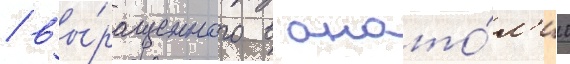
/ вы́ращенного в анато́л'ии